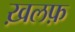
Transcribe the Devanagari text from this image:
ख़लफ़